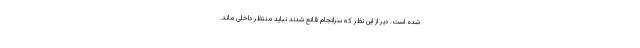
شده است. دیر از این نظر که سرانجام قانع شدند نباید منتظر داخلی ماند.